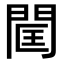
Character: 𨴑